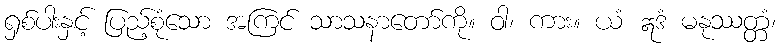
ရှစ်ပါးနှင့် ပြည့်စုံသော အကြင် သာသနာတော်ကို။ ဝါ၊ ကား။ ယံ ဣဒံ မနုဿတ္တံ၊